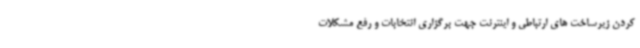
کردن زیرساخت های ارتباطی و اینترنت جهت برگزاری انتخابات و رفع مشکلات